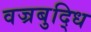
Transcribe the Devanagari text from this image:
वज्रबुद्धि